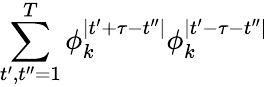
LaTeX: \sum_{t^{\prime},t^{\prime\prime}=1}^{T}\phi_{k}^{\mid t^{\prime}+\tau-t^{\prime\prime}\mid}\phi_{k}^{\mid t^{\prime}-\tau-t^{\prime\prime}\mid}